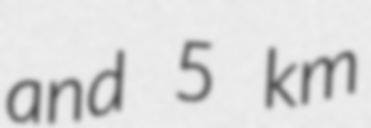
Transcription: and 5 km